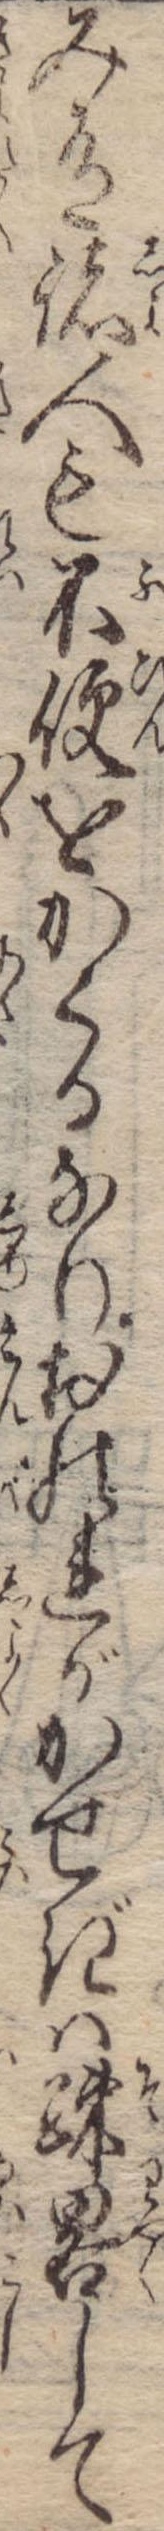
み有諸人も不便をかくるなりおのれがかせぎは疎略して